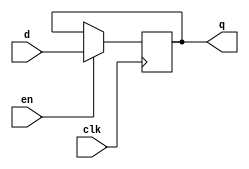
module dFF_en # (parameter WIDTH = 32) (
        input   wire            clk,
        input   wire            en,    
        input   wire [WIDTH-1:0] d,
        output  reg  [WIDTH-1:0] q
    );
 
 initial begin
 q = 0;
 end
 
 always @(posedge clk) begin
    if (en) q <= d;
    else    q <= q;
end
endmodule